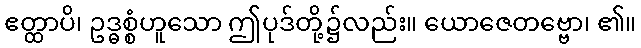
ဧတ္ထာပိ၊ ဥဒ္ဓစ္စံဟူသော ဤပုဒ်တို့၌လည်း။ ယောဇေတဗ္ဗော၊ ၏။